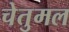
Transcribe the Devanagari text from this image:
चेतुमल